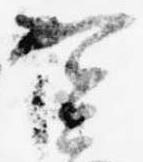
実